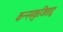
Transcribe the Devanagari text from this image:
कन्नमकुजिताडु